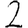
Digit: 2